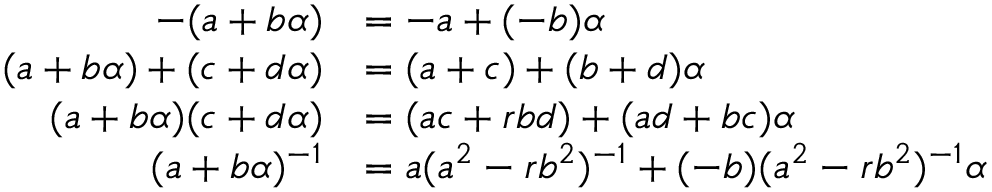
{ \begin{array} { r l } { - ( a + b \alpha ) } & { = - a + ( - b ) \alpha } \\ { ( a + b \alpha ) + ( c + d \alpha ) } & { = ( a + c ) + ( b + d ) \alpha } \\ { ( a + b \alpha ) ( c + d \alpha ) } & { = ( a c + r b d ) + ( a d + b c ) \alpha } \\ { ( a + b \alpha ) ^ { - 1 } } & { = a ( a ^ { 2 } - r b ^ { 2 } ) ^ { - 1 } + ( - b ) ( a ^ { 2 } - r b ^ { 2 } ) ^ { - 1 } \alpha } \end{array} }